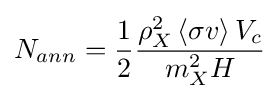
N_{ann}={\frac {1}{2}}{\frac {\rho _{X}^{2}\left\langle \sigma v\right\rangle V_{c}}{m_{X}^{2}H}}